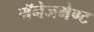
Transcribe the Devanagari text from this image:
मॅनेजमेण्ट